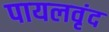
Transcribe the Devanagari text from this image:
पायलवृंद